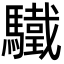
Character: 驖